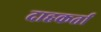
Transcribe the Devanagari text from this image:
दाहकर्ता